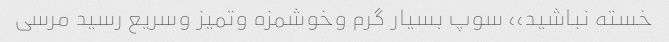
خسته نباشید،، سوپ بسیار گرم وخوشمزه وتمیز وسریع رسید مرسی